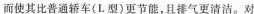
而使其比普通轿车（L型）更节能，且排气更清洁。对